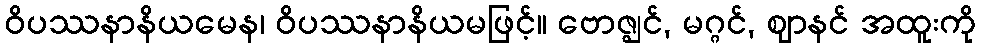
ဝိပဿနာနိယမေန၊ ဝိပဿနာနိယမဖြင့်။ ဗောဇ္ဈင်, မဂ္ဂင်, ဈာနင် အထူးကို